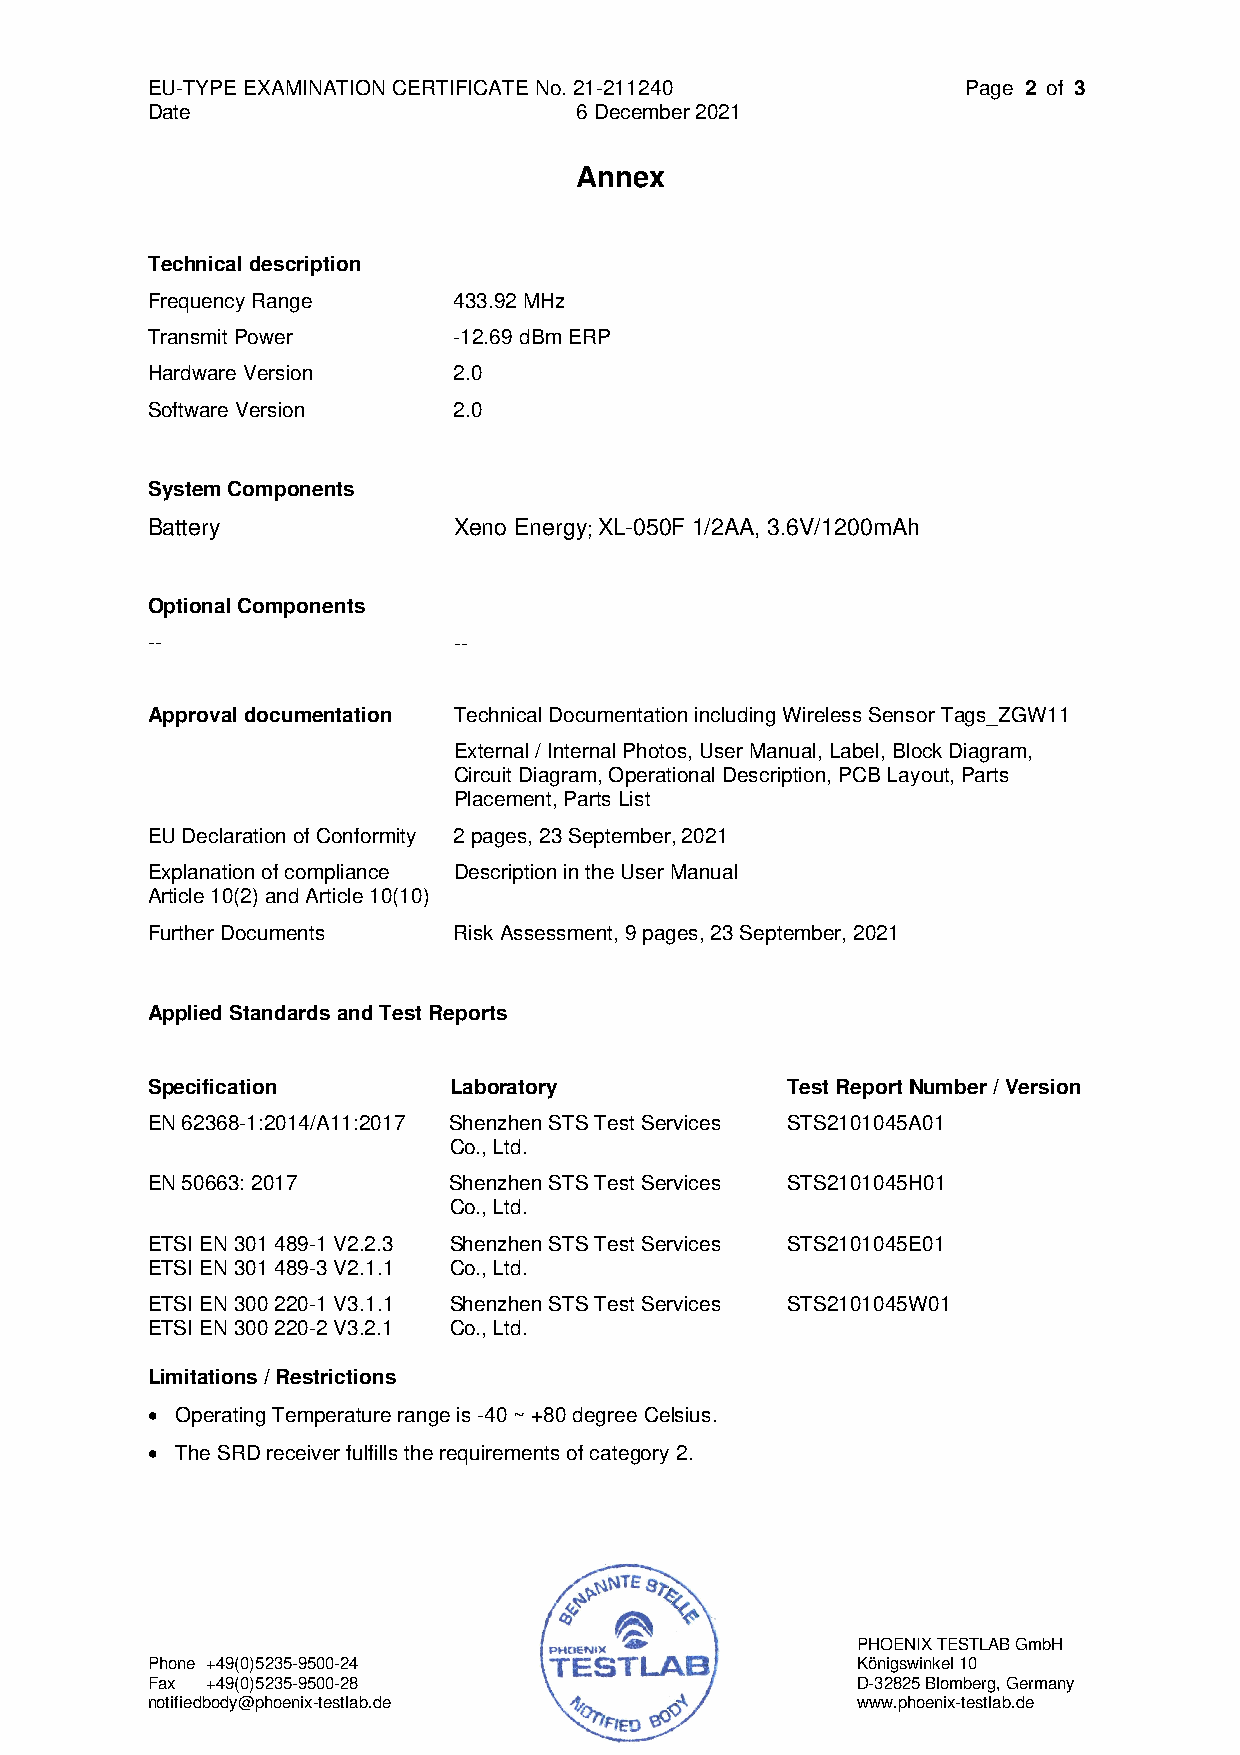
EU-TYPE EXAMINATION CERTIFICATE No. 21-211240         Page 2 of 3
 Date                        6 December 2021
 Annex
 Technical description
 Frequency Range     433.92 MHz
 Transmit Power      -12.69 dBm ERP
 Hardware Version    2.0
 Software Version    2.0
 System Components
 Battery             Xeno Energy; XL-050F 1/2AA, 3.6V/1200mAh
 Optional Components
 --                  --
 Approval documentation Technical Documentation including Wireless Sensor Tags_ZGW11
 External / Internal Photos, User Manual, Label, Block Diagram,
 Circuit Diagram, Operational Description, PCB Layout, Parts
 Placement, Parts List
 EU Declaration of Conformity 2 pages, 23 September, 2021
 Explanation of compliance Description in the User Manual
 Article 10(2) and Article 10(10)
 Further Documents   Risk Assessment, 9 pages, 23 September, 2021
 Applied Standards and Test Reports
 Specification       Laboratory            Test Report Number / Version
 EN 62368-1:2014/A11:2017 Shenzhen STS Test Services STS2101045A01
 Co., Ltd.
 EN 50663: 2017      Shenzhen STS Test Services STS2101045H01
 Co., Ltd.
 ETSI EN 301 489-1 V2.2.3 Shenzhen STS Test Services STS2101045E01
 ETSI EN 301 489-3 V2.1.1 Co., Ltd.
 ETSI EN 300 220-1 V3.1.1 Shenzhen STS Test Services STS2101045W01
 ETSI EN 300 220-2 V3.2.1 Co., Ltd.
 Limitations / Restrictions
 • Operating Temperature range is -40 ~ +80 degree Celsius.
 • The SRD receiver fulfills the requirements of category 2.
 PHOENIX TESTLAB GmbH
 Phone +49(0)5235-9500-24                       Königswinkel 10
 Fax +49(0)5235-9500-28                         D-32825 Blomberg, Germany
 notifiedbody@phoenix-testlab.de                www.phoenix-testlab.de